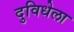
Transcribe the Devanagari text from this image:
दुविधेला